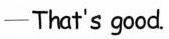
—That's good.